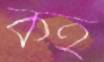
কহ